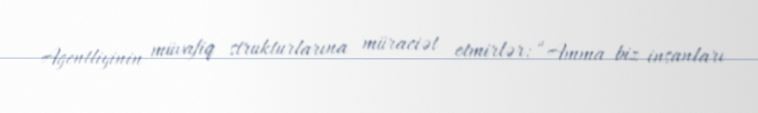
Agentliyinin müvafiq strukturlarına müraciət etmirlər: “Amma biz insanları